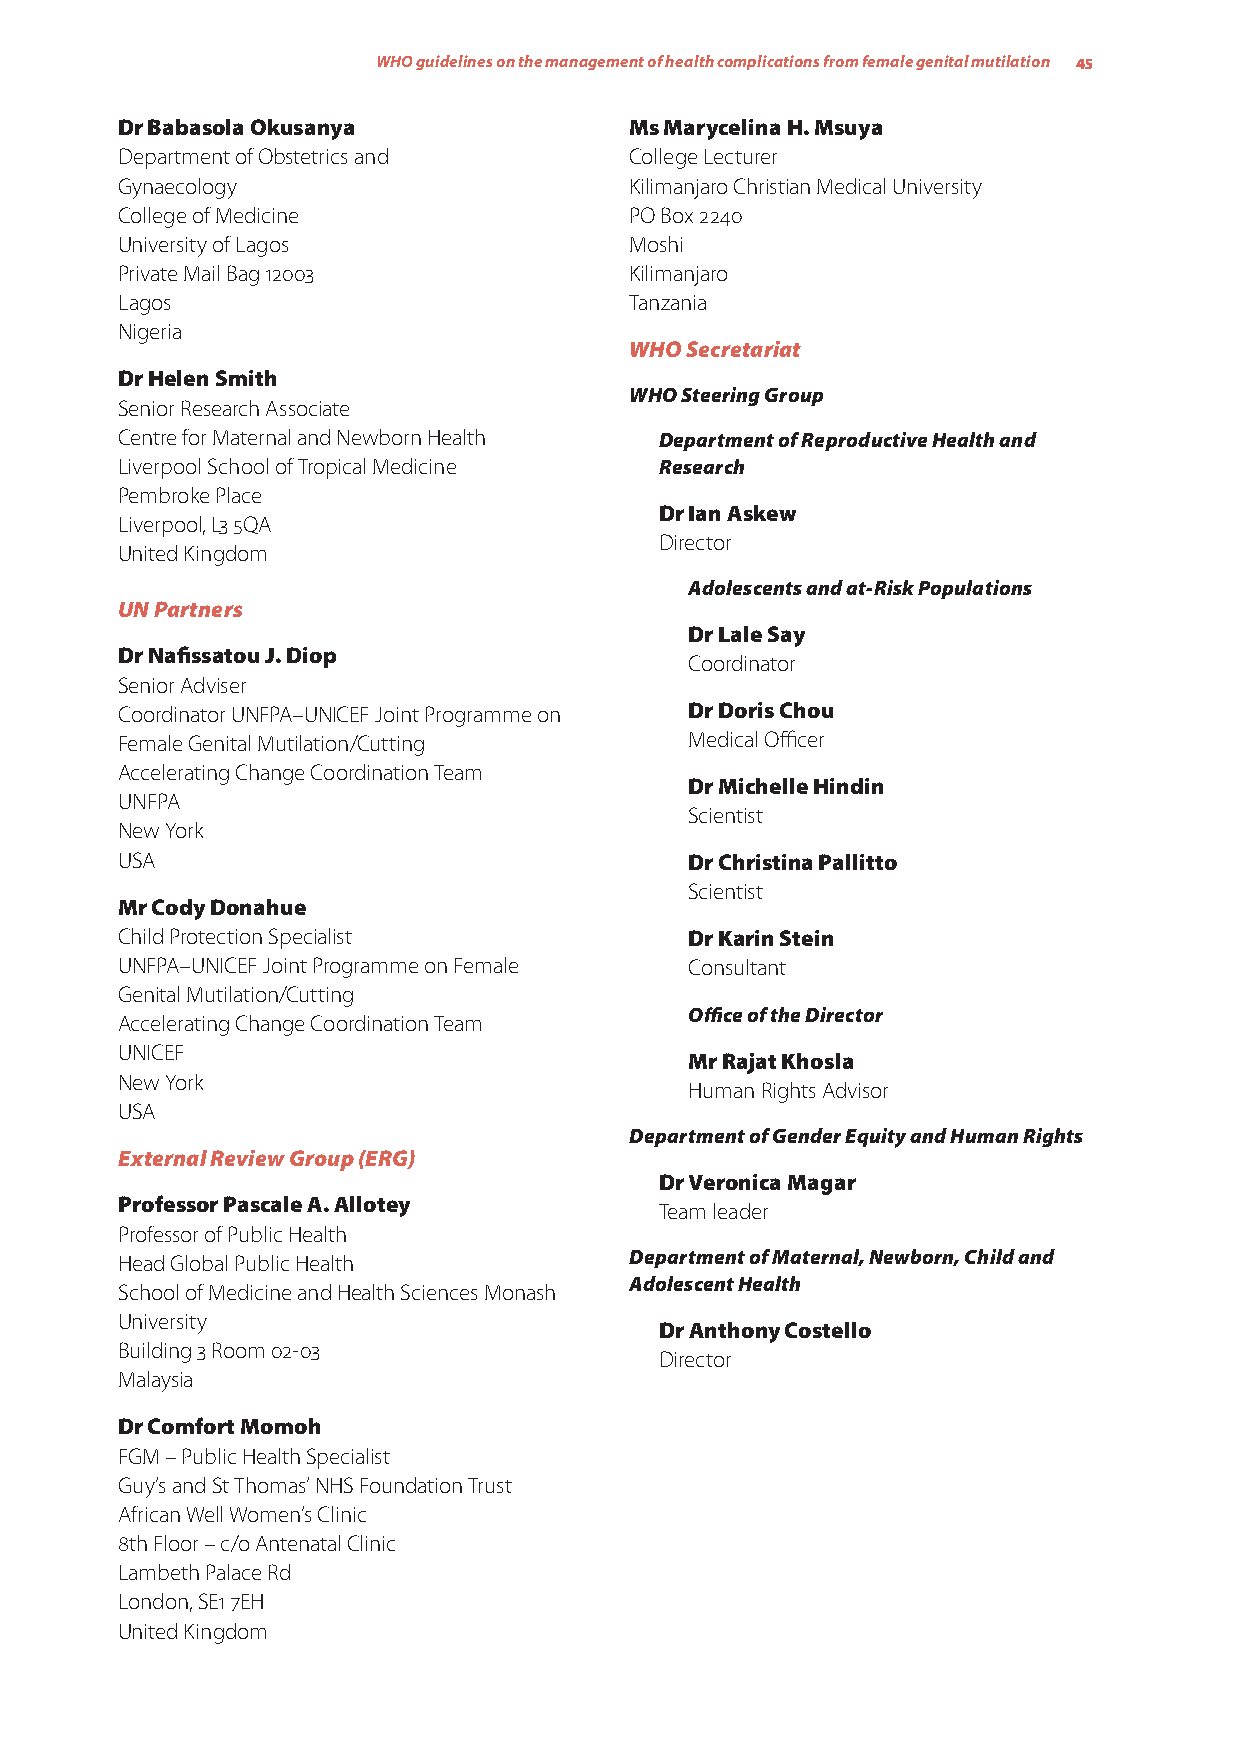
WHO guidelines on the management of health complications from female genital mutilation 45
 Dr Babasola Okusanya              Ms Marycelina H. Msuya
 Department of Obstetrics and      College Lecturer
 Gynaecology                       Kilimanjaro Christian Medical University
 College of Medicine               PO Box 2240
 University of Lagos               Moshi
 Private Mail Bag 12003            Kilimanjaro
 Lagos                             Tanzania
 Nigeria
 WHO Secretariat
 Dr Helen Smith
 WHO Steering Group
 Senior Research Associate
 Centre for Maternal and Newborn Health Department of Reproductive Health and
 Liverpool School of Tropical Medicine Research
 Pembroke Place
 Dr Ian Askew
 Liverpool, L3 5QA
 Director
 United Kingdom
 Adolescents and at-Risk Populations
 UN Partners
 Dr Lale Say
 Dr Nafissatou J. Diop
 Coordinator
 Senior Adviser
 Coordinator UNFPA–UNICEF Joint Programme on Dr Doris Chou
 Female Genital Mutilation/Cutting     Medical Officer
 Accelerating Change Coordination Team
 Dr Michelle Hindin
 UNFPA
 Scientist
 New York
 USA                                   Dr Christina Pallitto
 Scientist
 Mr Cody Donahue
 Child Protection Specialist           Dr Karin Stein
 UNFPA–UNICEF Joint Programme on Female Consultant
 Genital Mutilation/Cutting
 Office of the Director
 Accelerating Change Coordination Team
 UNICEF
 Mr Rajat Khosla
 New York
 Human Rights Advisor
 USA
 Department of Gender Equity and Human Rights
 External Review Group (ERG)
 Dr Veronica Magar
 Professor Pascale A. Allotey
 Team leader
 Professor of Public Health
 Head Global Public Health         Department of Maternal, Newborn, Child and
 Adolescent Health
 School of Medicine and Health Sciences Monash
 University
 Dr Anthony Costello
 Building 3 Room 02-03
 Director
 Malaysia
 Dr Comfort Momoh
 FGM – Public Health Specialist
 Guy’s and St Thomas’ NHS Foundation Trust
 African Well Women’s Clinic
 8th Floor – c/o Antenatal Clinic
 Lambeth Palace Rd
 London, SE1 7EH
 United Kingdom